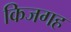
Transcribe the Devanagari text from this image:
किजगह